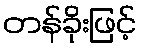
တန်ခိုးဖြင့်